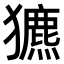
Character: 𤣄